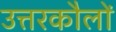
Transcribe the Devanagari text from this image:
उत्तरकौलों